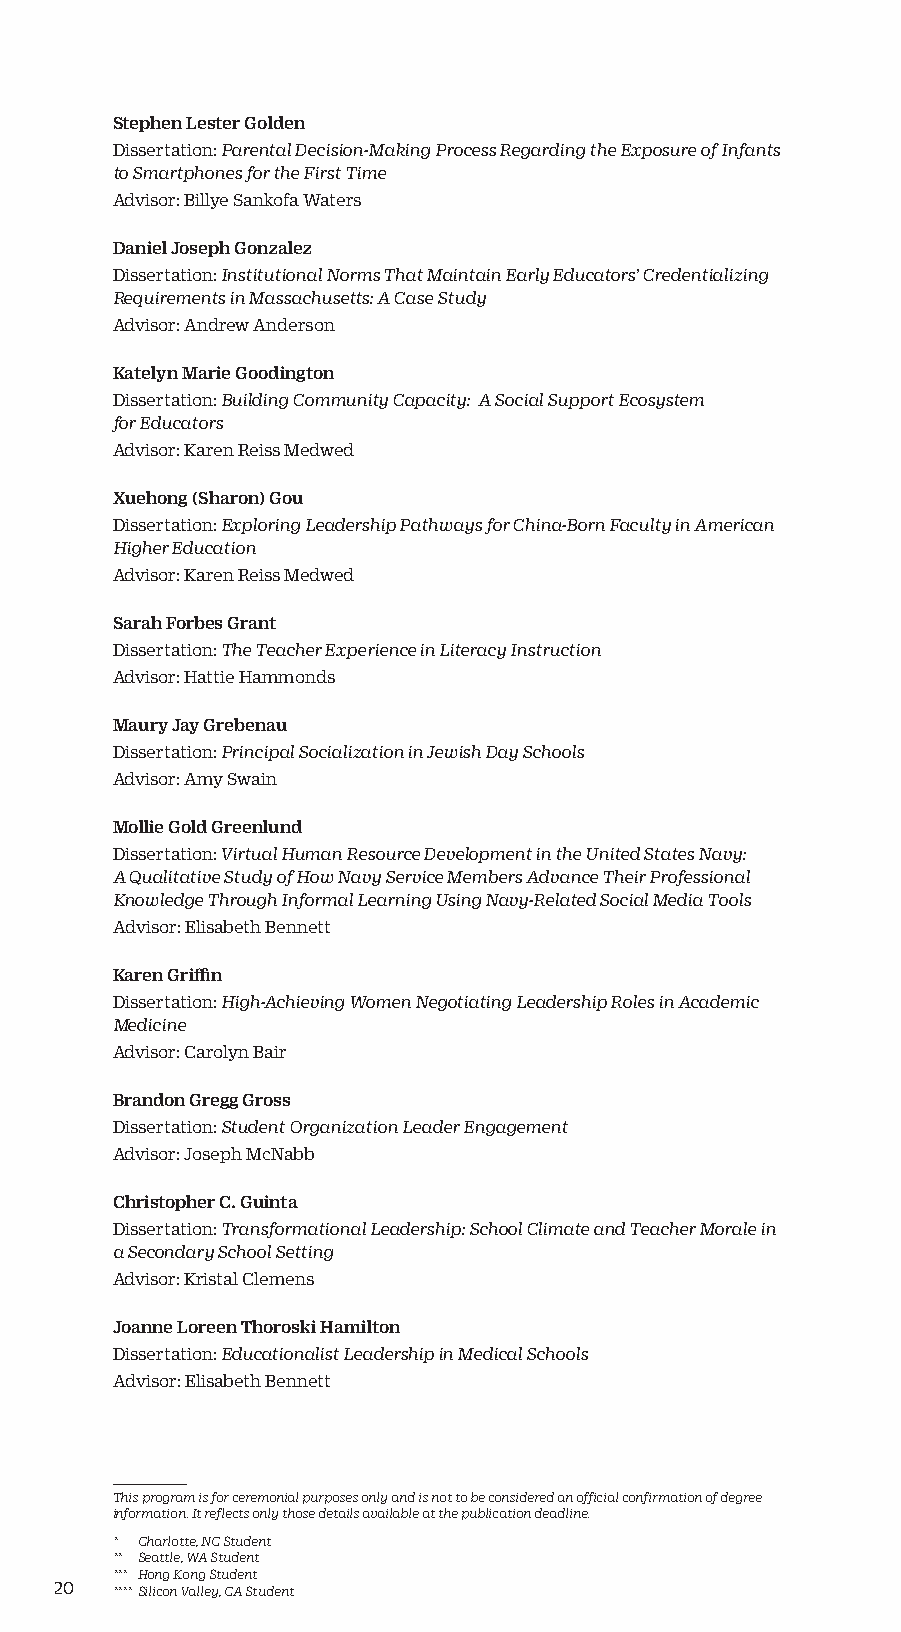
Stephen Lester Golden
 Dissertation: Parental Decision-Making Process Regarding the Exposure of Infants
 to Smartphones for the First Time
 Advisor: Billye Sankofa Waters
 Daniel Joseph Gonzalez
 Dissertation: Institutional Norms That Maintain Early Educators’ Credentializing
 Requirements in Massachusetts: A Case Study
 Advisor: Andrew Anderson
 Katelyn Marie Goodington
 Dissertation: Building Community Capacity: A Social Support Ecosystem
 for Educators
 Advisor: Karen Reiss Medwed
 Xuehong (Sharon) Gou
 Dissertation: Exploring Leadership Pathways for China-Born Faculty in American
 Higher Education
 Advisor: Karen Reiss Medwed
 Sarah Forbes Grant
 Dissertation: The Teacher Experience in Literacy Instruction
 Advisor: Hattie Hammonds
 Maury Jay Grebenau
 Dissertation: Principal Socialization in Jewish Day Schools
 Advisor: Amy Swain
 Mollie Gold Greenlund
 Dissertation: Virtual Human Resource Development in the United States Navy:
 A Qualitative Study of How Navy Service Members Advance Their Professional
 Knowledge Through Informal Learning Using Navy-Related Social Media Tools
 Advisor: Elisabeth Bennett
 Karen Griffin
 Dissertation: High-Achieving Women Negotiating Leadership Roles in Academic
 Medicine
 Advisor: Carolyn Bair
 Brandon Gregg Gross
 Dissertation: Student Organization Leader Engagement
 Advisor: Joseph McNabb
 Christopher C. Guinta
 Dissertation: Transformational Leadership: School Climate and Teacher Morale in
 a Secondary School Setting
 Advisor: Kristal Clemens
 Joanne Loreen Thoroski Hamilton
 Dissertation: Educationalist Leadership in Medical Schools
 Advisor: Elisabeth Bennett
 This program is for ceremonial purposes only and is not to be considered an official confirmation of degree
 information. It reflects only those details available at the publication deadline.
 * Charlotte, NC Student
 ** Seattle, WA Student
 *** Hong Kong Student
 20 **** Silicon Valley, CA Student